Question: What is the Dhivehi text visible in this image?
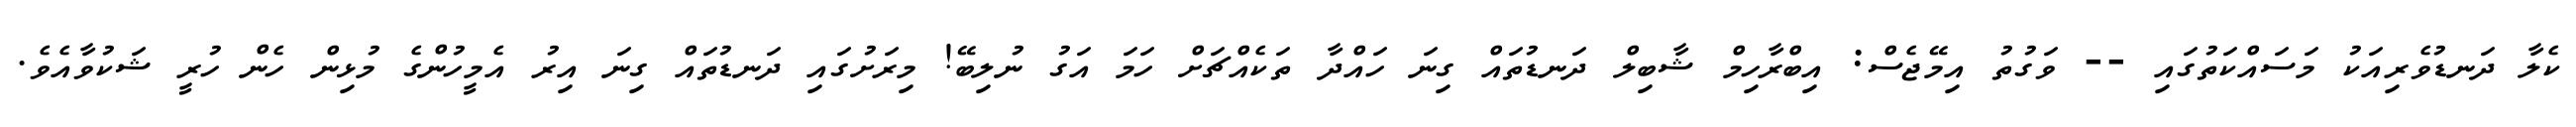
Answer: ކެލާ ދަނޑުވެރިއަކު މަސައްކަތުގައި -- ވަގުތު އިމޭޖެސް: އިބްރާހިމް ޝާބިލް ދަނޑުތައް ގިނަ ހައްދާ ތަކެއްޗަށް ހަމަ އަގު ނުލިބޭ! މިރަށުގައި ދަނޑުތައް ގިނަ އިރު އެމީހުންގެ މުޅިން ހެން ހުރީ ޝަކުވާއެވެ.